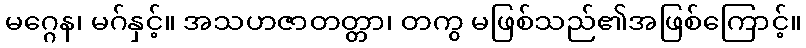
မဂ္ဂေန၊ မဂ်နှင့်။ အသဟဇာတတ္တာ၊ တကွ မဖြစ်သည်၏အဖြစ်ကြောင့်။